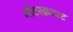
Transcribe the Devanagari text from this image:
मोटरक्राफ्ट